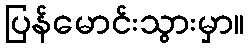
ပြန်မောင်းသွားမှာ။